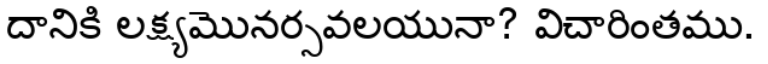
దానికి లక్ష్యమొనర్సవలయునా? విచారింతము.